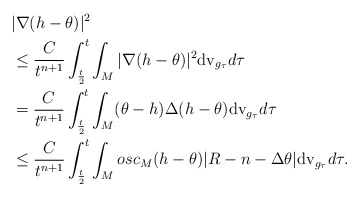
\begin{align*}&|\nabla(h-\theta)|^2\\&\le \frac{C}{t^{n+1}}\int_{\frac{t}{2}}^{t}\int_M|\nabla(h-\theta)|^2{\rm dv}_{g_\tau}d\tau \\&= \frac{C}{t^{n+1}}\int_{\frac{t}{2}}^{t}\int_M(\theta-h)\Delta(h-\theta){\rm dv}_{g_\tau}d\tau \\&\leq \frac{C}{t^{n+1}}\int_{\frac{t}{2}}^{t}\int_M osc_M(h-\theta)|R-n-\Delta\theta|{\rm dv}_{g_\tau}d\tau.\end{align*}